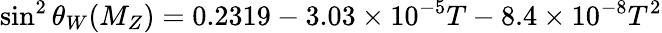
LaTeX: \sin^{2}\theta_{W}(M_{Z})=0.2319-3.03\times 10^{-5}T-8.4\times 10^{-8}T^{2}